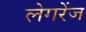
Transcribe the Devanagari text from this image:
लेगरेंज